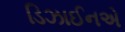
ડિઝાઈનએ